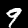
Label: 9